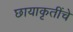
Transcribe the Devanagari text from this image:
छायाकृतींचे